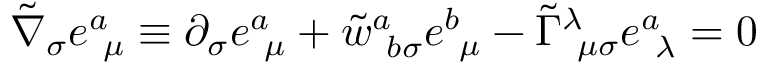
\tilde { \nabla } _ { \sigma } e _ { ~ \mu } ^ { a } \equiv \partial _ { \sigma } e _ { ~ \mu } ^ { a } + \tilde { w } _ { ~ b \sigma } ^ { a } e _ { ~ \mu } ^ { b } - \tilde { \Gamma } _ { ~ \mu \sigma } ^ { \lambda } e _ { ~ \lambda } ^ { a } = 0